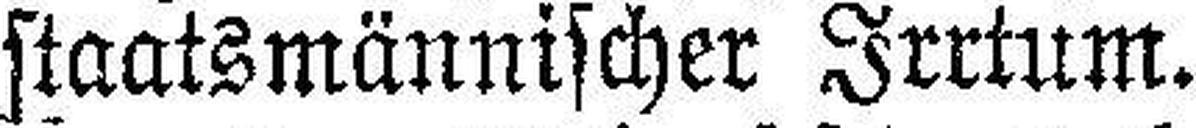
staatsmännischer Irrtum.